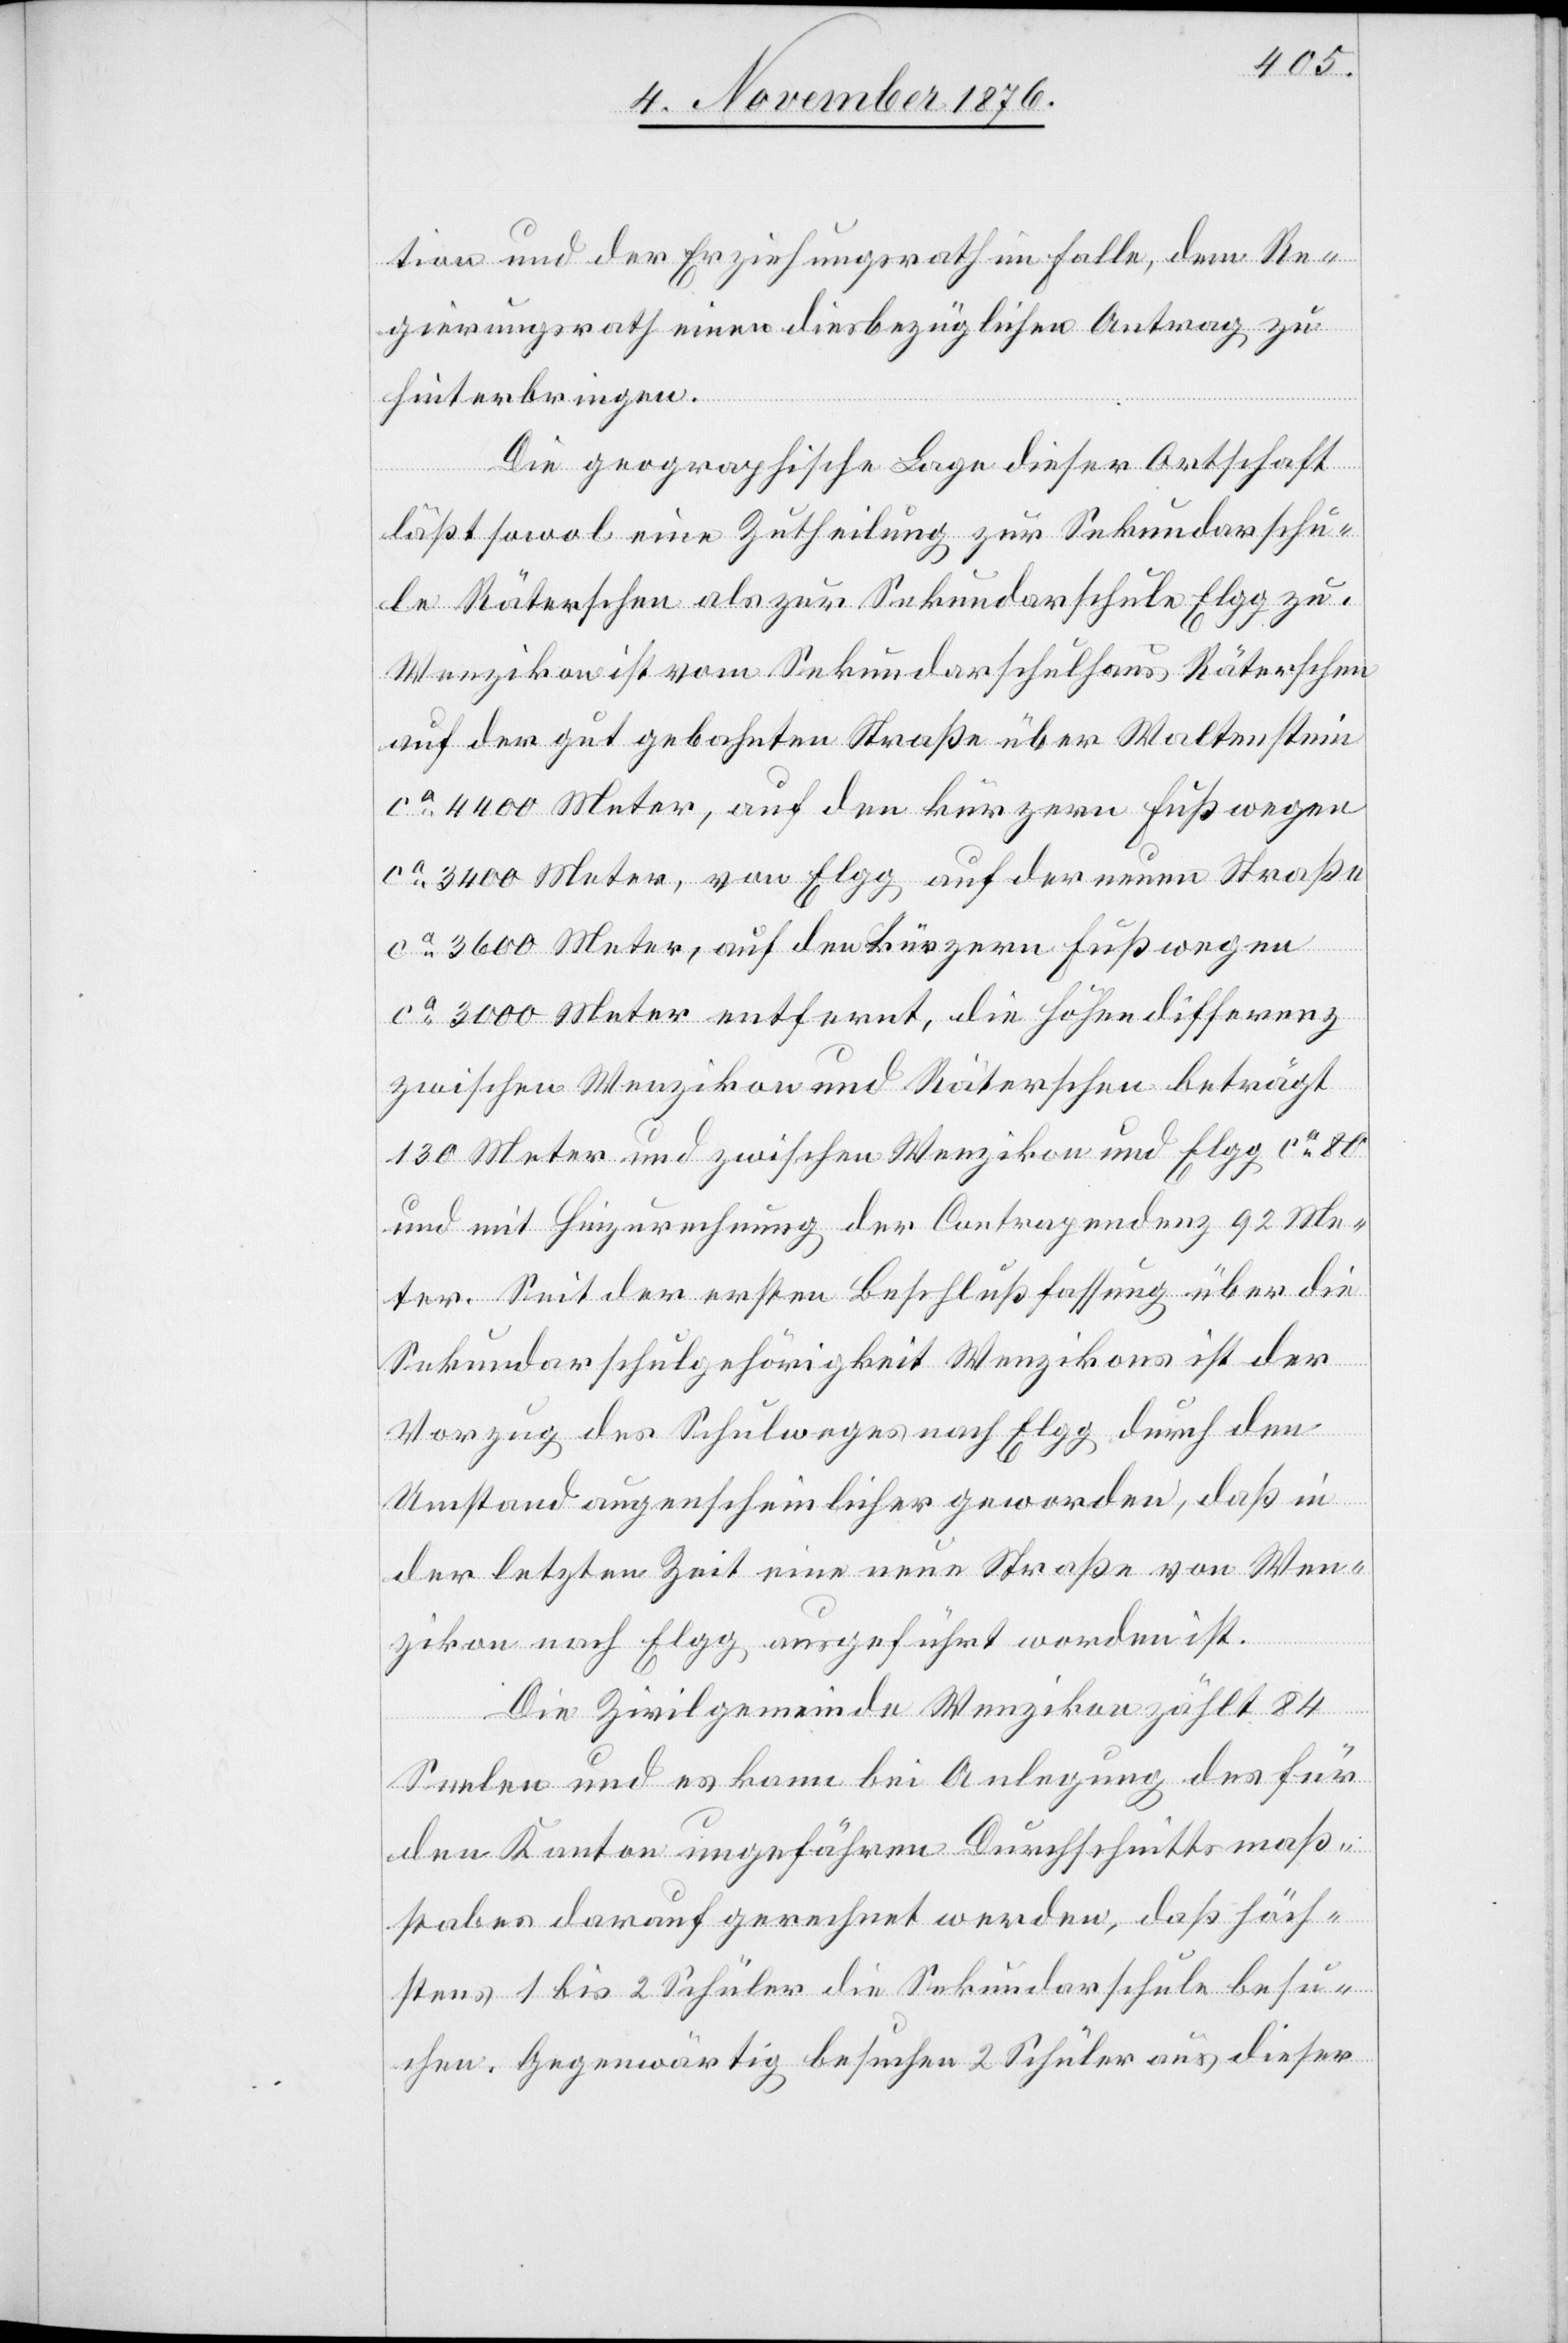
tion und der Erziehungsdirektion im Falle, dem Re¬
gierungsrath einen diesbezüglichen Antrag zu
hinterbringen.
Die geographische Lage dieser Ortschaft
läßt sowol eine Zutheilung zur Sekundarschu¬
le Räterschen als zur Sekundaschule Elgg zu.
Wenzikon ist vom Sekundarschulhaus Räterschen
auf der gut gebahnten Straße über Waltenstein
ca 4400 Meter, auf den kürzern Fußwegen
ca 3400 Meter, von Elgg auf der neuen Straße
ca 3600 meter, auf den kürzern Fußwegen
ca 3000 Meter entfernt, die Höhendifferenz
zwischen Wenzikon und Räterschen beträgt
130 Meter und zwischen Wenzikon und Elgg ca 80
und mit Hinzurechnung der Contrapendenz 92 me¬
ter. Seit der ersten Beschlußfassung über die
Sekundarschulgehörigkeit Wenzikons ist der
Vorzug des Schulweges nach Elgg durch den
Umstand augenscheinlicher geworden, daß in
der letzten Zeit eine neue Straße von Wet¬
zikon nach Elgg ausgeführt worden ist.
Die Zivilgemeinde Wenzikon zählt 84
Seelen und es kann bei Anlegung des für
den Kanton ungefähren Durchschnittsmaß¬
stabes darauf gerechnet werden, daß höch¬
stens 1 bis 2 Schüler die Sekundarschule besu¬
chen. Gegenwärtig besuchen 2 Schüler aus dieser